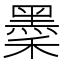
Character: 𪐺